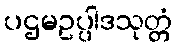
ပဌမဥပ္ပါဒသုတ္တံ